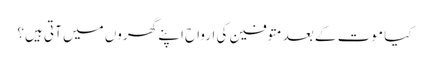
کیا موت کے بعد متوفین کی ارواح اپنے گھروں میں‌ آتی ہیں؟